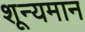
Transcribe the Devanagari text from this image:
शून्यमान